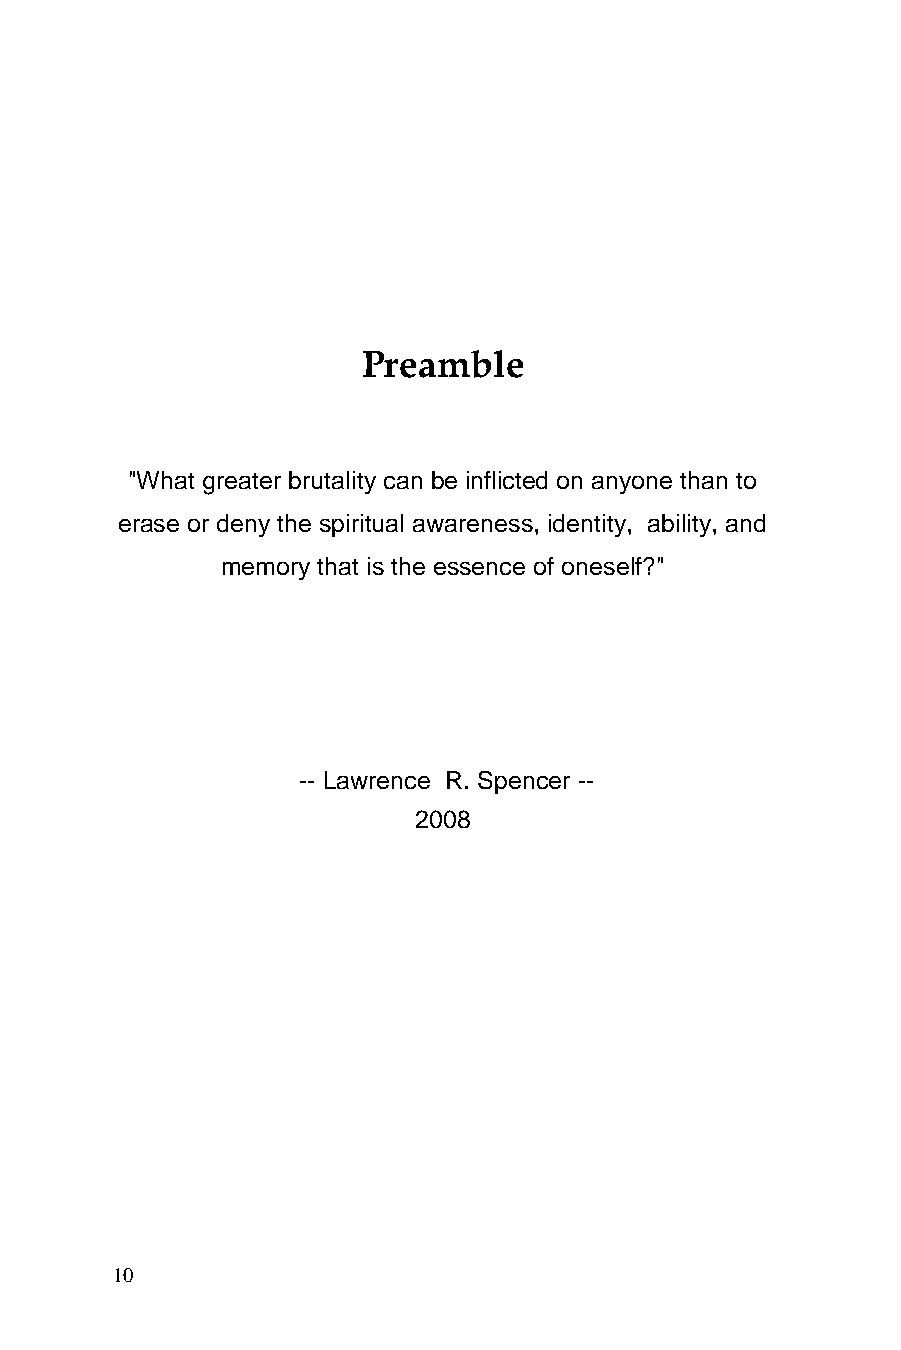
Preamble
 "What greater brutality can be inflicted on anyone than to
 erase or deny the spiritual awareness, identity, ability, and
 memory that is the essence of oneself?"
 -- Lawrence R. Spencer --
 2008
 10